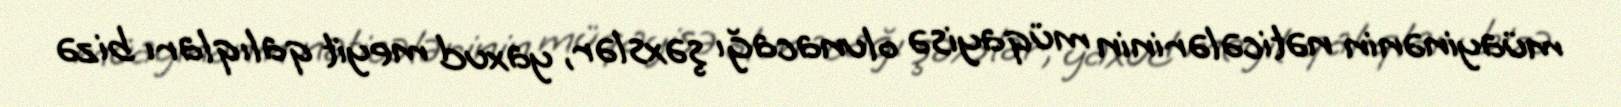
müayinənin nəticələrinin müqayisə olunacağı şəxslər, yaxud meyit qalıqları bizə